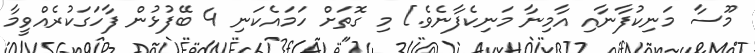
މޫސާ މަނިކުފާނާއި އާމިނާ މަނިކެފާނެވެ.] މި ގޮތަށް ހަމައެކަނި 4 ބޭފުޅުން ފާހަގަކުރެއްވީމާ